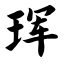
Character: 珲